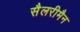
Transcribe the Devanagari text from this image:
सैलरीमैन